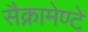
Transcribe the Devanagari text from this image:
सैक्रामेण्टे